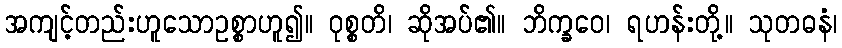
အကျင့်တည်းဟူသောဥစ္စာဟူ၍။ ဝုစ္စတိ၊ ဆိုအပ်၏။ ဘိက္ခဝေ၊ ရဟန်းတို့။ သုတဓနံ၊